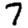
Digit: 7